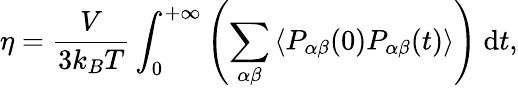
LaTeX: \eta=\frac{V}{3k_{B}T}\int_{0}^{+\infty}\left(\sum_{\alpha\beta}\left\langle P_{\alpha\beta}(0)P_{\alpha\beta}(t)\right\rangle\right)\mathrm{~d}t,